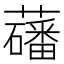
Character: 𫊑